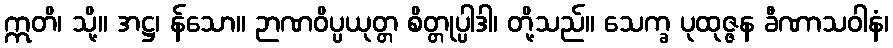
ဣတိ၊ သို့။ အဋ္ဌ၊ န်သော။ ဉာဏဝိပ္ပယုတ္တ စိတ္တုပ္ပါဒါ၊ တို့သည်။ သေက္ခ ပုထုဇ္ဇန ခီဏာသဝါနံ၊